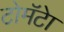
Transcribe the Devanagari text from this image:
टोमॅटेा